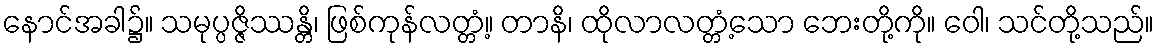
နောင်အခါ၌။ သမုပ္ပဇ္ဇိဿန္တိ၊ ဖြစ်ကုန်လတ္တံ့။ တာနိ၊ ထိုလာလတ္တံ့သော ဘေးတို့ကို။ ဝေါ၊ သင်တို့သည်။